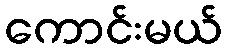
ကောင်းမယ်